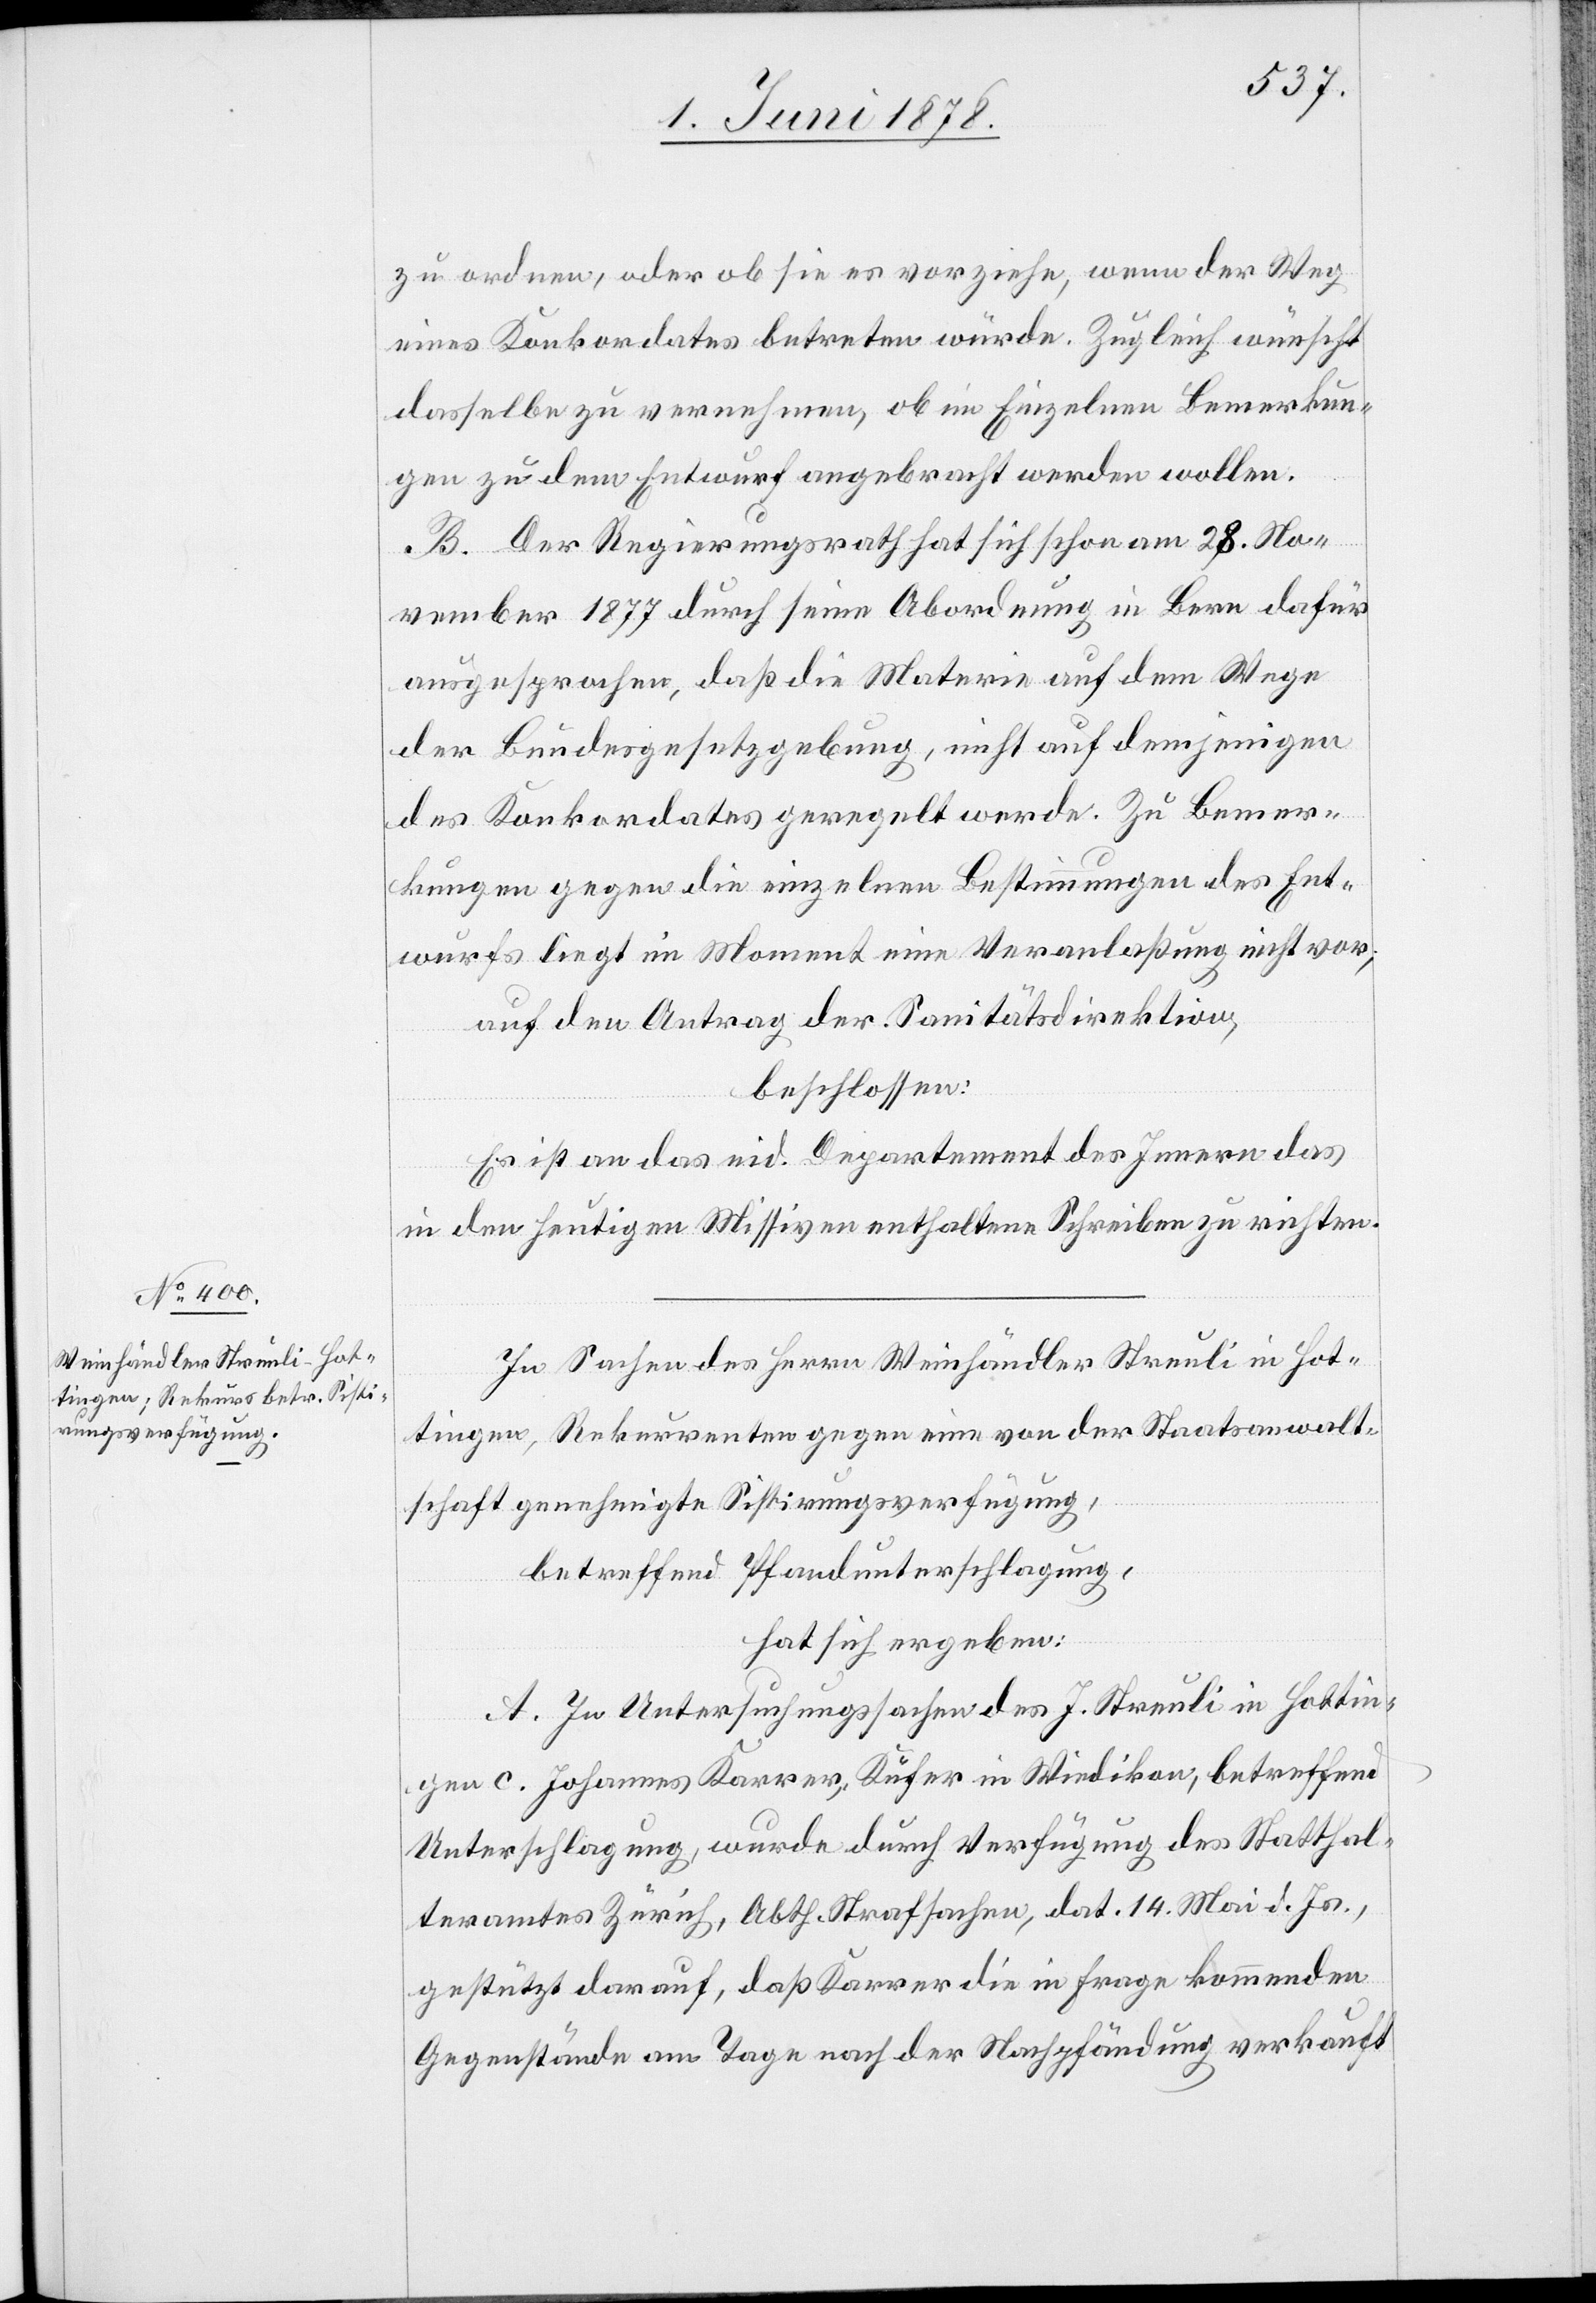
zu ordnen, oder ob sie es vorziehe, wenn der Weg
eines Konkordates betreten würde. Zugleich wünscht
dasselbe zu vernehmen, ob im Einzelnen Bemerkun¬
gen zu dem Entwurf angebracht werden wollen.
B. Der Regierungsrath hat sich schon am 28. No¬
vember 1877 durch seine Abordnung in Bern dafür
ausgesprochen, daß die Materie auf dem Wege
der Bundesgesetzgebung, nicht auf demjenigen
des Konkordates geregelt werde. Zu Bemer¬
kungen gegen die einzelnen Bestimmungen des Ent¬
wurfs liegt im Moment eine Veranlaßung nicht vor,
auf den Antrag der Sanitätsdirektion,
beschlossen:
Es ist an das eid. Departement des Innern das
in den heutigen Missiven enthaltene Schreiben zu richten.
In Sachen Herrn Weinhändler Streuli in Hot¬
tingen, Rekurrenten gegen eine von der Staatsanwalt¬
schaft genehmigte Sistirungsverfügung,
betreffend Pfandunterschlagung,
hat sich ergeben:
A. In Untersuchungssachen des J. Streuli in Hottin¬
gen c. Johannes Karrer, Küfer in Wiedikon, betreffend
Unterschlagung, wurde durch Verfügung des Statthal¬
teramtes Zürich, Abth. Strafsachen, dat. 14. Mai d. Js.,
gestützt darauf, daß Karrer die in Frage kommenden
Gegenstände am Tage nach der Nachpfändung verkauft